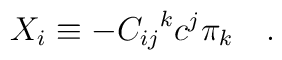
X_i \equiv -{C_{ij}}^k c^j \pi_k \quad .